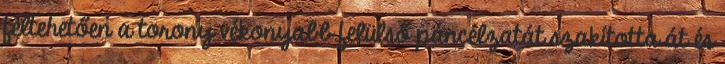
feltehetően a torony vékonyabb felülső páncélzatát szakította át és